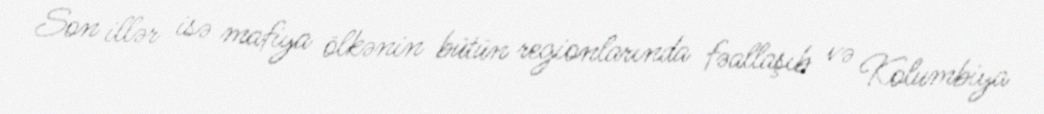
Son illər isə mafiya ölkənin bütün regionlarında fəallaşıb və Kolumbiya